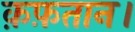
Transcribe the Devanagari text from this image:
क़फ़तान।